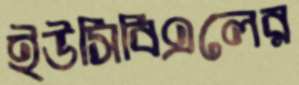
ইউসিবিএলের